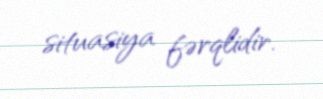
situasiya fərqlidir.